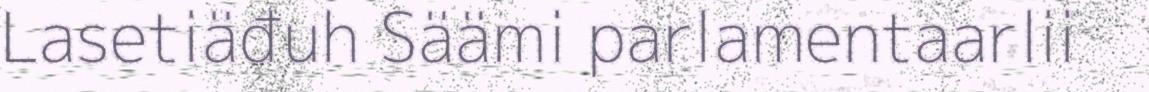
Lasetiäđuh Säämi parlamentaarlii